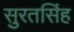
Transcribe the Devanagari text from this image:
सुरतसिंह